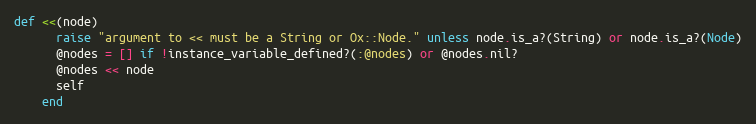
Language: Ruby
def <<(node)
      raise "argument to << must be a String or Ox::Node." unless node.is_a?(String) or node.is_a?(Node)
      @nodes = [] if !instance_variable_defined?(:@nodes) or @nodes.nil?
      @nodes << node
      self
    end